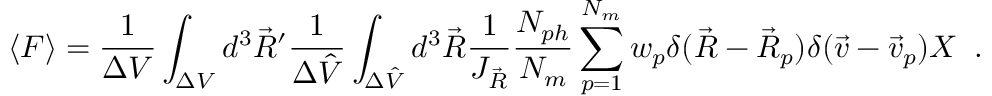
\langle F \rangle = \frac { 1 } { \Delta V } \int _ { \Delta { V } } d ^ { 3 } \Vec { R } ^ { \prime } \frac { 1 } { \Delta \hat { V } } \int _ { \Delta \hat { V } } d ^ { 3 } \Vec { R } \frac { 1 } { J _ { \Vec { R } } } \frac { N _ { p h } } { N _ { m } } \sum _ { p = 1 } ^ { N _ { m } } w _ { p } \delta ( \Vec { R } - \Vec { R } _ { p } ) \delta ( \Vec { v } - \Vec { v } _ { p } ) X \; \; .